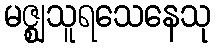
မဇ္ဈသူရသေနေသု